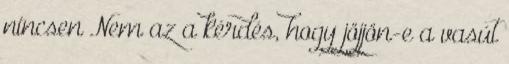
nincsen Nem az a kérdés, hogy jöjjön-e a vasút